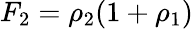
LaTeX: F_{2}=\rho_{2}(1+\rho_{1})